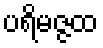
ပရိမဇ္ဇထ